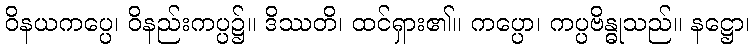
ဝိနယကပ္ပေ၊ ဝိနည်းကပ္ပ၌။ ဒိဿတိ၊ ထင်ရှား၏။ ကပ္ပော၊ ကပ္ပဗိန္ဓုသည်။ နဋ္ဌော၊